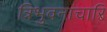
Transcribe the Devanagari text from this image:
त्रिभुवनाचारि